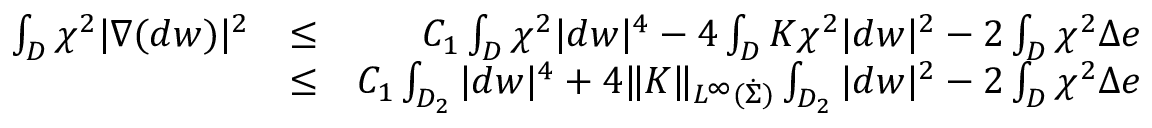
\begin{array} { r l r } { \int _ { D } \chi ^ { 2 } | \nabla ( d w ) | ^ { 2 } } & { \leq } & { C _ { 1 } \int _ { D } \chi ^ { 2 } | d w | ^ { 4 } - 4 \int _ { D } K \chi ^ { 2 } | d w | ^ { 2 } - 2 \int _ { D } \chi ^ { 2 } \Delta e } \\ & { \leq } & { C _ { 1 } \int _ { D _ { 2 } } | d w | ^ { 4 } + 4 \| K \| _ { L ^ { \infty } ( \dot { \Sigma } ) } \int _ { D _ { 2 } } | d w | ^ { 2 } - 2 \int _ { D } \chi ^ { 2 } \Delta e } \end{array}